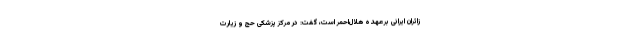
زائران ایرانی برعهده هلال‌احمر است، گفت: در مرکز پزشکی حج و زیارت